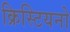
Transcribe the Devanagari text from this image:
क्रिस्टियनो